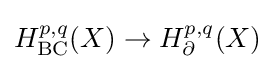
H_{\mathrm {BC} }^{p,q}(X)\rightarrow H_{\partial }^{p,q}(X)